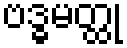
ဗဒ္ဓမတ္ထု